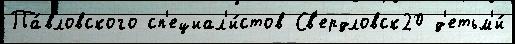
Па́вловского сп'ециал'и́стов Св'ердловск20 д'етьм'и́